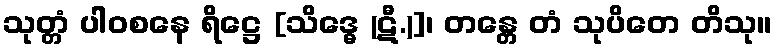
သုတ္တံ ပါဝစနေ ရိဋ္ဌေ [သိဒ္ဓေ (ဋီ.)]၊ တန္တေ တံ သုပိတေ တိသု။